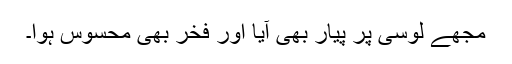
مجھے لوسی پر پیار بھی آیا اور فخر بھی محسوس ہوا۔